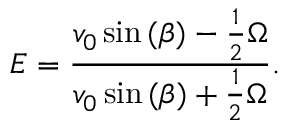
E = \frac { v _ { 0 } \sin { ( \beta ) } - \frac { 1 } { 2 } \Omega } { v _ { 0 } \sin { ( \beta ) } + \frac { 1 } { 2 } \Omega } .